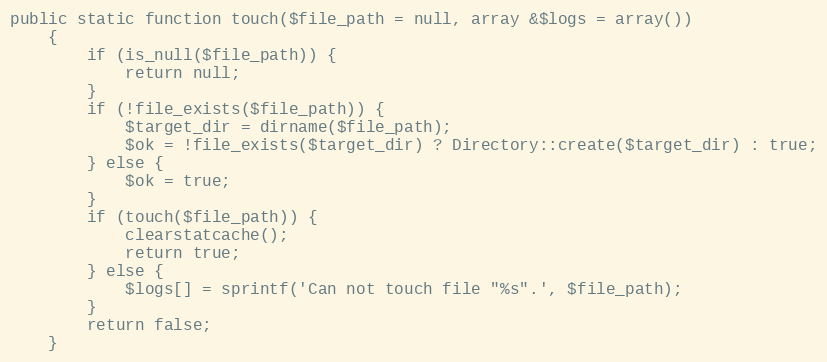
Language: PHP
public static function touch($file_path = null, array &$logs = array())
    {
        if (is_null($file_path)) {
            return null;
        }
        if (!file_exists($file_path)) {
            $target_dir = dirname($file_path);
            $ok = !file_exists($target_dir) ? Directory::create($target_dir) : true;
        } else {
            $ok = true;
        }
        if (touch($file_path)) {
            clearstatcache();
            return true;
        } else {
            $logs[] = sprintf('Can not touch file "%s".', $file_path);
        }
        return false;
    }